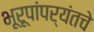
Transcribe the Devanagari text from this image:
भूरूपांपर्यंतचे